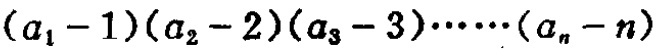
\((a_{1}-1)(a_{2}-2)(a_{3}-3)\cdots\cdots(a_{n}-n)\)